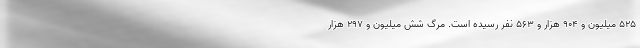
۵۲۵ میلیون و ۹۰۴ هزار و ۵۶۳ نفر رسیده است. مرگ شش میلیون و ۲۹۷ هزار